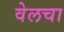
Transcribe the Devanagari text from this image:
वेलचा